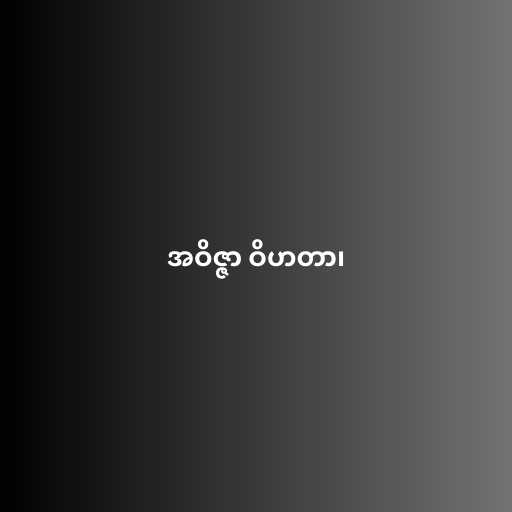
အဝိဇ္ဇာ ဝိဟတာ၊